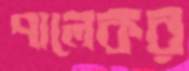
পালেকর